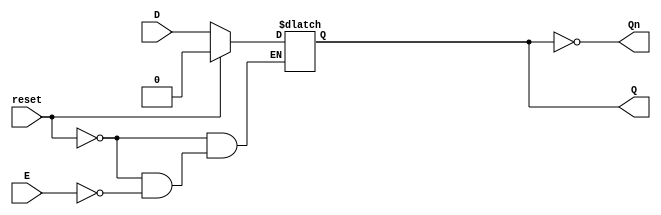
module LatchRegister (
    input wire D,        // Data Input
    input wire E,        // Enable Signal
    input wire reset,    // Reset Signal (optional)
    output reg Q,        // Output
    output wire Qn       // Complement of Output
);

// Assign the complement of Q to Qn
assign Qn = ~Q;

// Always block for latch behavior
always @(*) begin
    if (reset) begin
        Q = 1'b0; // Initialize Q to 0 when reset is high
    end else if (E) begin
        Q = D; // Store the value of D when E is high
    end
    // If E is low, Q retains its previous value (no assignment needed)
end

endmodule